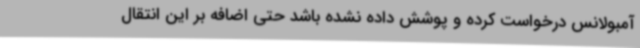
آمبولانس درخواست کرده و پوشش داده نشده باشد حتی اضافه بر این انتقال